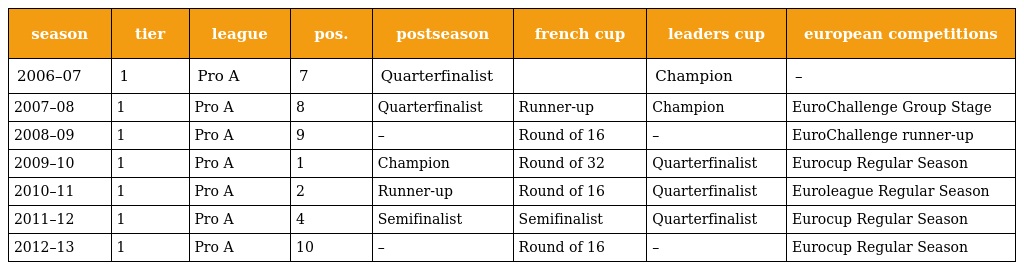
| season | tier | league | pos. | postseason | french cup | leaders cup | european competitions |
 | --- | --- | --- | --- | --- | --- | --- | --- |
 | 2006–07 | 1 | Pro A | 7 | Quarterfinalist |  | Champion | – |
 | 2007–08 | 1 | Pro A | 8 | Quarterfinalist | Runner-up | Champion | EuroChallenge Group Stage |
 | 2008–09 | 1 | Pro A | 9 | – | Round of 16 | – | EuroChallenge runner-up |
 | 2009–10 | 1 | Pro A | 1 | Champion | Round of 32 | Quarterfinalist | Eurocup Regular Season |
 | 2010–11 | 1 | Pro A | 2 | Runner-up | Round of 16 | Quarterfinalist | Euroleague Regular Season |
 | 2011–12 | 1 | Pro A | 4 | Semifinalist | Semifinalist | Quarterfinalist | Eurocup Regular Season |
 | 2012–13 | 1 | Pro A | 10 | – | Round of 16 | – | Eurocup Regular Season |